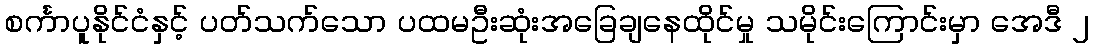
စင်္ကာပူနိုင်ငံနှင့် ပတ်သက်သော ပထမဦးဆုံးအခြေချနေထိုင်မှု သမိုင်းကြောင်းမှာ အေဒီ ၂